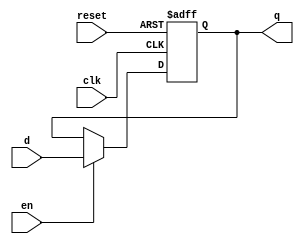
`timescale 1ns / 1ps
// D flip-flop with enable and reset! 
module flopenr #(parameter W = 8)(
	input clk,reset,en,
	input [W-1:0]d,
	output reg [W-1:0]q
);

always @(posedge clk, posedge reset)
	if(reset) q <= 0;
	else if(en) q<= d;

endmodule